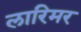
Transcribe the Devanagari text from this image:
लारिमर